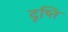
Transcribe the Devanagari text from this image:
दृष्ति